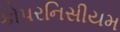
કોપરનિસીયમ